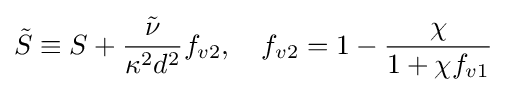
{\tilde {S}}\equiv S+{\frac {\tilde {\nu }}{\kappa ^{2}d^{2}}}f_{v2},\quad f_{v2}=1-{\frac {\chi }{1+\chi f_{v1}}}